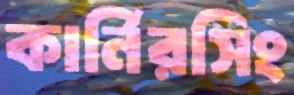
কার্নিরসিং